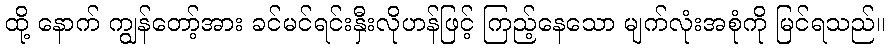
ထို့ နောက် ကျွန်တော့်အား ခင်မင်ရင်းနှီးလိုဟန်ဖြင့် ကြည့်နေသော မျက်လုံးအစုံကို မြင်ရသည်။